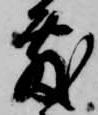
敷